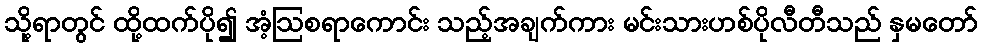
သို့ရာတွင် ထို့ထက်ပို၍ အံ့ဩစရာကောင်း သည့်အချက်ကား မင်းသားဟစ်ပိုလီတီသည် နှမတော်